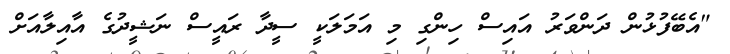
"އެބޭފުޅުން ދަންވަރު އައިސް ހިންގި މި އަމަލަކީ ސީދާ ރައީސް ނަޝީދުގެ އާއިލާއަށް